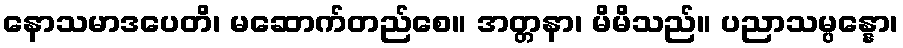
နောသမာဒပေတိ၊ မဆောက်တည်စေ။ အတ္တနာ၊ မိမိသည်။ ပညာသမ္ပန္နော၊